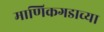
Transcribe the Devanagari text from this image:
माणिकगडाच्या